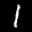
Label: 1